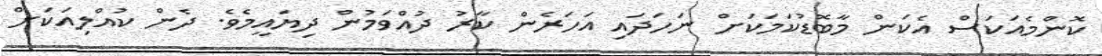
ކޮންމެއަކަސް އެކަން މާބޮޑުކަމަކަށް ނަހަދައި އަހަރެން ކާރު ދުއްވަމުން ދިޔައީމެވެ. ދެން ކުއްލިއަކަށް